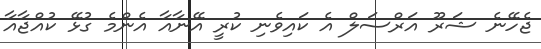
ޖެހޭނެ ޝަރޫ އަރްސަލް އެ ކައިވެނި ކުރީ އޭނާއާ އެންމެ ގުޅޭ ކުއްޖާއާ